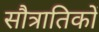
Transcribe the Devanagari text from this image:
सौत्रातिकों